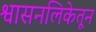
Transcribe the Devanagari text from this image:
श्वासनलिकेतून